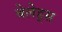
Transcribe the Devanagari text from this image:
बेलेड्स